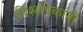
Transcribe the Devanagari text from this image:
विश्लेषकांनी